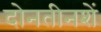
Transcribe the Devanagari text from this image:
दोनतीनशें